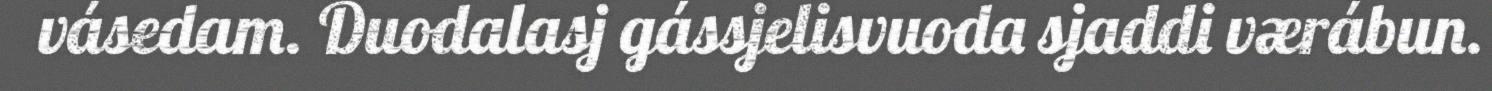
vásedam. Duodalasj gássjelisvuoda sjaddi værábun.